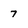
Character: 7